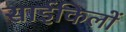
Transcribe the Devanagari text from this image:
साईकिलों